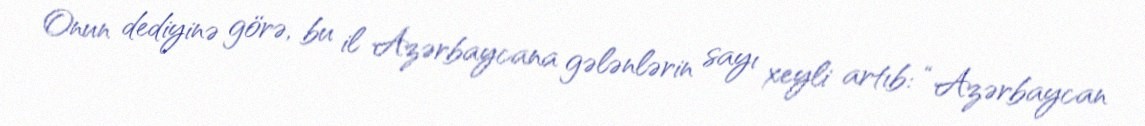
Onun dediyinə görə, bu il Azərbaycana gələnlərin sayı xeyli artıb: “Azərbaycan